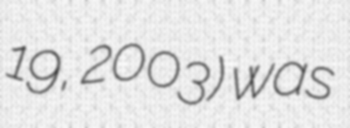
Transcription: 19, 2003) was